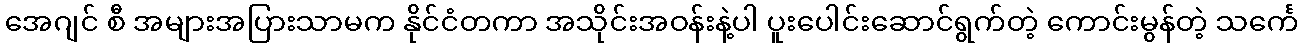
အေဂျင် စီ အများအပြားသာမက နိုင်ငံတကာ အသိုင်းအဝန်းနဲ့ပါ ပူးပေါင်းဆောင်ရွက်တဲ့ ကောင်းမွန်တဲ့ သင်္ကေ